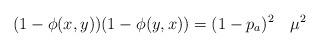
LaTeX: \begin{align*}(1-\phi(x,y))(1-\phi(y,x))=(1-p_a)^2 ~~~ \mu^2 \end{align*}